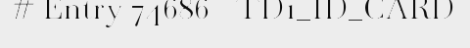
# Entry 74686 - TD1_ID_CARD